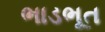
ભાડભૂત